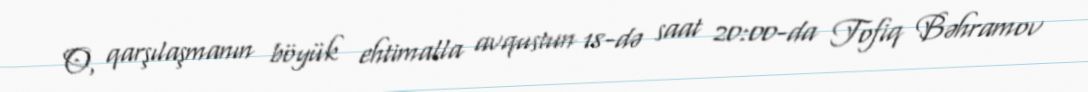
O, qarşılaşmanın böyük ehtimalla avqustun 18-də saat 20:00-da Tofiq Bəhramov